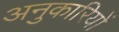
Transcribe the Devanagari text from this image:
अनुकारियों